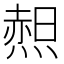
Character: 𱫿